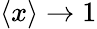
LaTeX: \langle x\rangle\rightarrow 1